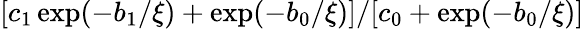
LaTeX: [c_{1}\exp(-b_{1}/\xi)+\exp(-b_{0}/\xi)]/[c_{0}+\exp(-b_{0}/\xi)]